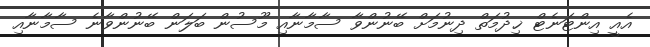
އެއީ އިންޓަނެޓް ޚިދުމަތް ދިނުމަށް ބޭނުންވާ ސާމާނާއި މޫސުން ބަލަން ބޭނުންވާނެ ސާމާނާއި